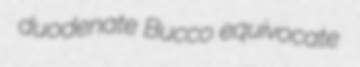
duodenate Bucco equivocate